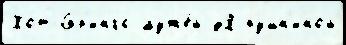
Хот-Спр'ингс муже́й дЯ пушн'иной